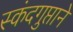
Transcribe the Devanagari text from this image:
स्कंदगुप्ताने